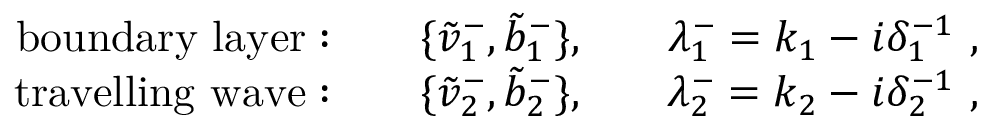
\begin{array} { r l r l r } { \mathrm { b o u n d a r y ~ l a y e r : } } & { } & { \{ \tilde { v } _ { 1 } ^ { - } , \tilde { b } _ { 1 } ^ { - } \} , } & { } & { \lambda _ { 1 } ^ { - } = k _ { 1 } - i \delta _ { 1 } ^ { - 1 } ~ , } \\ { \mathrm { t r a v e l l i n g ~ w a v e : } } & { } & { \{ \tilde { v } _ { 2 } ^ { - } , \tilde { b } _ { 2 } ^ { - } \} , } & { } & { \lambda _ { 2 } ^ { - } = k _ { 2 } - i \delta _ { 2 } ^ { - 1 } ~ , } \end{array}